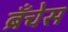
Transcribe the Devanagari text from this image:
ब्रँचेस